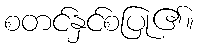
စတင်နှင်စပြု၏။